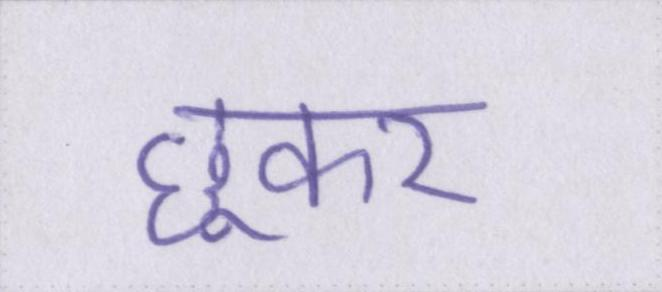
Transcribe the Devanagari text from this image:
छूकर